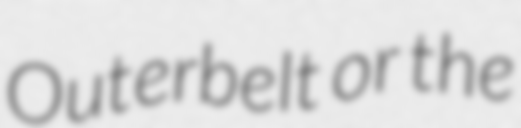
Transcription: Outerbelt or the